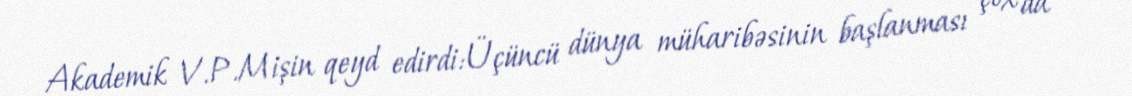
Akademik V.P.Mişin qeyd edirdi:Üçüncü dünya müharibəsinin başlanması çox da